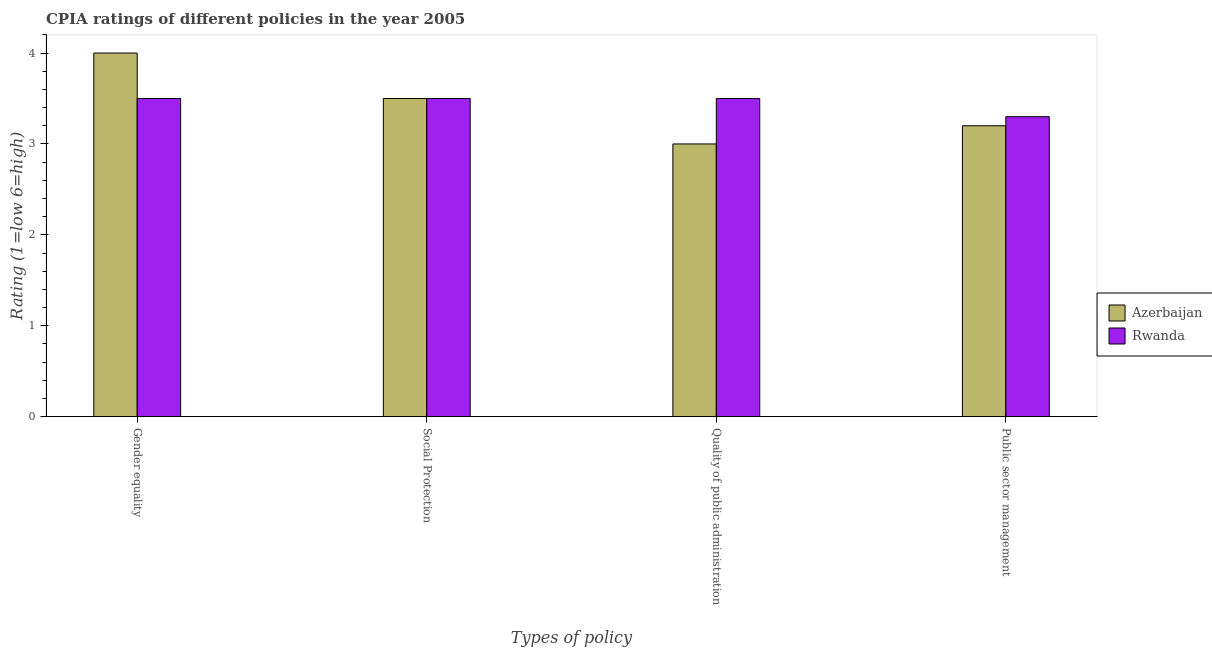
| Types of policy | Azerbaijan | Rwanda |
 | --- | --- | --- |
 | Gender equality | 4 | 3.5 |
 | Social Protection | 3.5 | 3.5 |
 | Quality of public administration | 3 | 3.5 |
 | Public sector management | 3.2 | 3.3 |